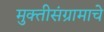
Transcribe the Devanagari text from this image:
मुक्तीसंग्रामाचे